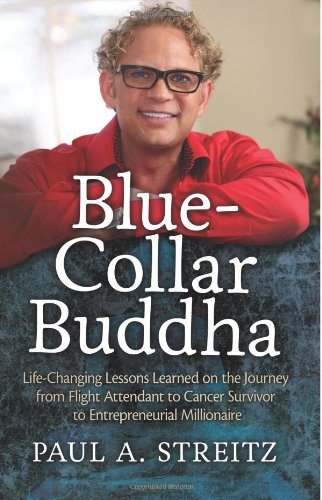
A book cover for Blue-Collar Buddha: Life Changing Lessons Learned on the Journey from Flight Attendant to Cancer Survivor to Entrepreneurial Millionaire; Paul A Streitz; Business & Money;